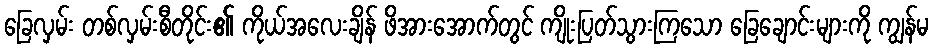
ခြေလှမ်း တစ်လှမ်းစီတိုင်း၏ ကိုယ်အလေးချိန် ဖိအားအောက်တွင် ကျိုးပြတ်သွားကြသော ခြေချောင်းများကို ကျွန်မ